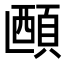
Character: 𬱅